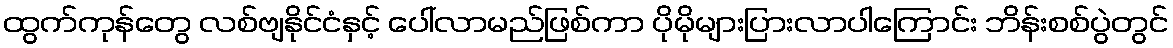
ထွက်ကုန်တွေ လစ်ဗျနိုင်ငံနှင့် ပေါ်လာမည်ဖြစ်ကာ ပိုမိုများပြားလာပါကြောင်း ဘိန်းစစ်ပွဲတွင်